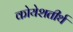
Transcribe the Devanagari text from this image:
कोयेशतीर्थ